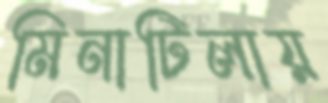
মিনাটিলায়